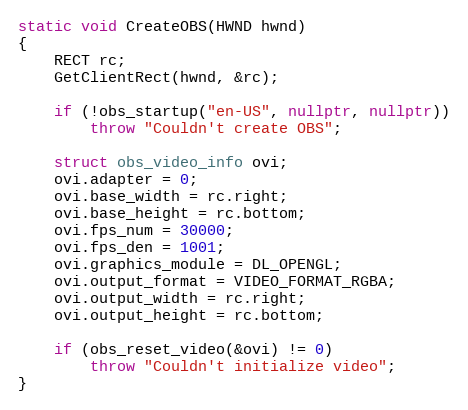
Language: C++
static void CreateOBS(HWND hwnd)
{
	RECT rc;
	GetClientRect(hwnd, &rc);

	if (!obs_startup("en-US", nullptr, nullptr))
		throw "Couldn't create OBS";

	struct obs_video_info ovi;
	ovi.adapter = 0;
	ovi.base_width = rc.right;
	ovi.base_height = rc.bottom;
	ovi.fps_num = 30000;
	ovi.fps_den = 1001;
	ovi.graphics_module = DL_OPENGL;
	ovi.output_format = VIDEO_FORMAT_RGBA;
	ovi.output_width = rc.right;
	ovi.output_height = rc.bottom;

	if (obs_reset_video(&ovi) != 0)
		throw "Couldn't initialize video";
}